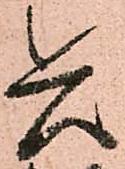
兵